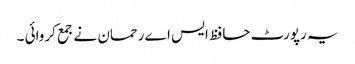
یہ رپورٹ حافظ ایس اے رحمان نے جمع کروائی ۔